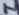
Text: 4n7